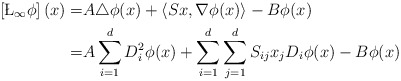
\begin{align*} \left[\L_{\infty}\phi\right](x) =& A\triangle\phi(x)+\left\langle Sx,\nabla\phi(x)\right\rangle-B\phi(x) \\ =& A\sum_{i=1}^{d}D_i^2\phi(x) + \sum_{i=1}^{d}\sum_{j=1}^{d}S_{ij}x_j D_i\phi(x)-B\phi(x) \end{align*}